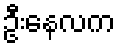
ဦးနေလက